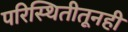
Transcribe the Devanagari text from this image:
परिस्थितीतूनही